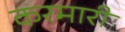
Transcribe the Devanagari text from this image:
करमारी